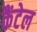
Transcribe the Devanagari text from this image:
कैंटेल